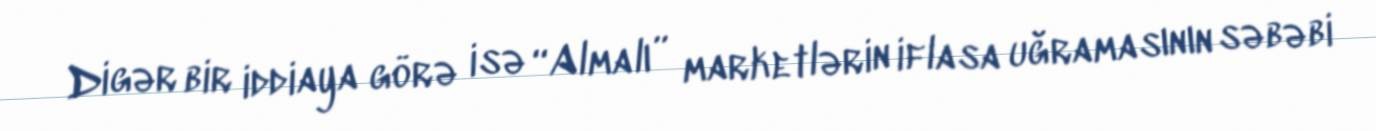
Digər bir iddiaya görə isə “Almalı” marketlərin iflasa uğramasının səbəbi